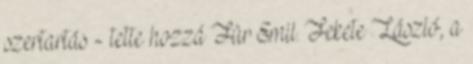
szertartás - tette hozzá Für Emil. Fekete László, a